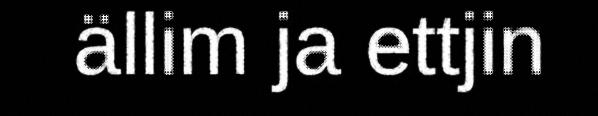
ällim ja ettjin